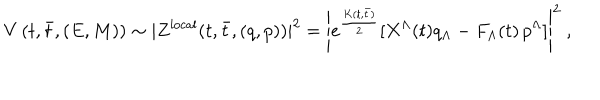
LaTeX: V \left( t , \bar { t } , ( E , M ) \right) \sim | Z ^ { \mathrm { l o c a l } } ( t , \bar { t } , ( q , p ) ) | ^ { 2 } = \left| e ^ { \frac { K ( t , \bar { t } ) } { 2 } } [ X ^ { \Lambda } ( t ) q _ { \Lambda } - F _ { \Lambda } ( t ) \, p ^ { \Lambda } ] \right| ^ { 2 } \ ,